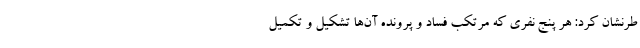
طرنشان کرد: هر پنج نفری که مرتکب فساد و پرونده آن‌ها تشکیل و تکمیل